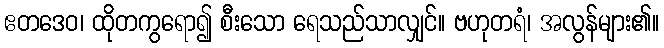
ဧတဒေဝ၊ ထိုတကွရော၍ စီးသော ရေသည်သာလျှင်။ ဗဟုတရံ၊ အလွန်များ၏။